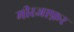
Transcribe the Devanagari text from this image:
मीरजाफ़र